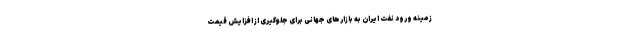
زمینه ورود نفت ایران به بازارهای جهانی برای جلوگیری از افزایش قیمت